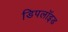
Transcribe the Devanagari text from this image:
डिपलॉइड